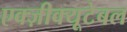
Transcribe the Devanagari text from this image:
एक्ज़ीक्यूटेबल